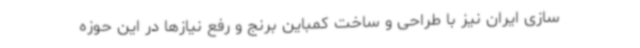
سازی ایران نیز با طراحی و ساخت کمباین برنج و رفع نیازها در این حوزه